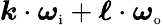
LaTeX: \boldsymbol{k}\cdot\boldsymbol{\omega}_{\textnormal{\scriptsize i}}+\boldsymbol{\ell}\cdot\boldsymbol{\omega}_{\textnormal{\scriptsize o}}